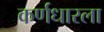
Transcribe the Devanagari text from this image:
कर्णधारला